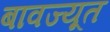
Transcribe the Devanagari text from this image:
बावज्यूत